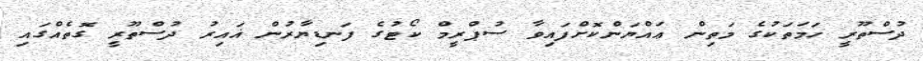
ދުސްތޫރީ ހަމަތަކުގެ މަތިން ޢައްޔަންކޮށްފައިވާ ސުޕްރީމް ކޯޓުގެ ފަނޑިޔާރުން ޣައިރު ދުސްތޫރީ ގޮތެއްގައި